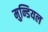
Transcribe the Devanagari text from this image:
मुन्डियल